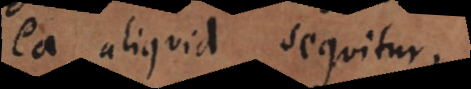
ea aliquid sequitur,